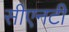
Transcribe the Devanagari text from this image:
सीएनटी